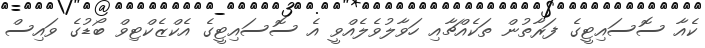
ކެއާ ސޮސައިޓީގެ ފަރާތުން ތަކެއްޗާއި ހަވާލުވެލެއްވީ އެ ސޮސައިޓީގެ އެކްޒެކްޓިވް ބޯޑުގެ ވައިސް